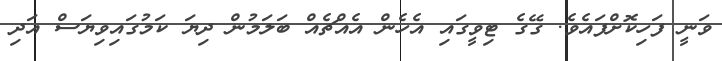
ވަނީ ފަހިކޮށްފައެވެ. ގޭގެ ޓިވީގައި އެހެން އެއްޗެއް ބަލަމުން ދިޔަ ކަމުގައިވިޔަސް އަދި